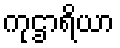
ကုဌာရိယာ